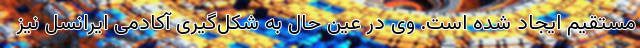
مستقیم ایجاد شده است. وی در عین حال به شکل‌گیری آکادمی ایرانسل نیز